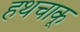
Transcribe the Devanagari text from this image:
हथचाकू